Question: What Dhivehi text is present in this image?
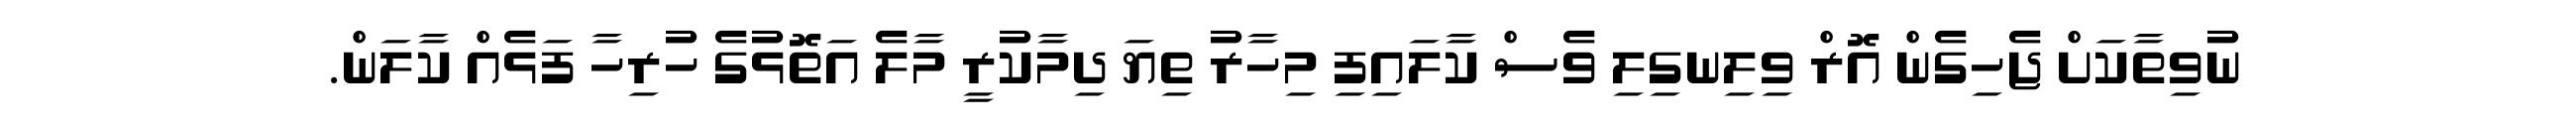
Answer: ނުވިތާކަށް ޖެހިގެން އޮރް ވިލިނގިލި ވެސް ކާލައިފި މިހާރު ތިޔަ ދިމާކުރީ މާލެ އަތޮޅުގެ ހުރިހާ ފަޅެއް ކާލަން.